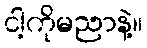
ငါ့ကိုမညာနဲ့။